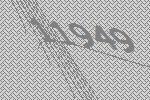
11949